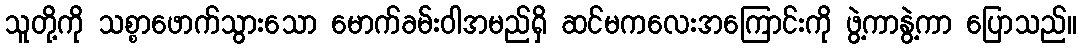
သူတို့ကို သစ္စာဖောက်သွားသော မောက်ခမ်းဝါအမည်ရှိ ဆင်မကလေးအကြောင်းကို ဖွဲ့ကာနွဲ့ကာ ပြောသည်။